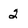
Character: 2